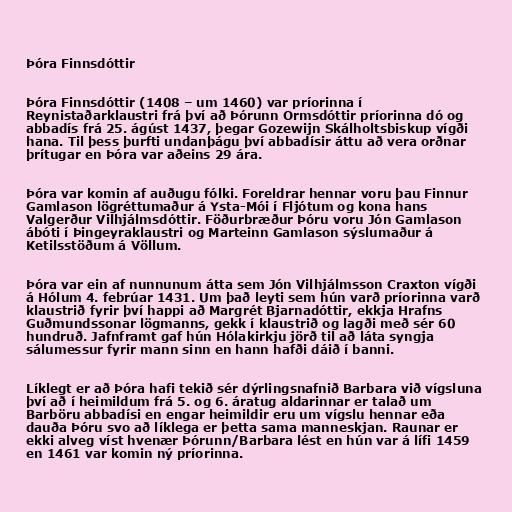
Þóra Finnsdóttir

Þóra Finnsdóttir (1408 – um 1460) var príorinna í
Reynistaðarklaustri frá því að Þórunn Ormsdóttir príorinna dó og
abbadís frá 25. ágúst 1437, þegar Gozewijn Skálholtsbiskup vígði
hana. Til þess þurfti undanþágu því abbadísir áttu að vera orðnar
þrítugar en Þóra var aðeins 29 ára.

Þóra var komin af auðugu fólki. Foreldrar hennar voru þau Finnur
Gamlason lögréttumaður á Ysta-Mói í Fljótum og kona hans
Valgerður Vilhjálmsdóttir. Föðurbræður Þóru voru Jón Gamlason
ábóti í Þingeyraklaustri og Marteinn Gamlason sýslumaður á
Ketilsstöðum á Völlum.

Þóra var ein af nunnunum átta sem Jón Vilhjálmsson Craxton vígði
á Hólum 4. febrúar 1431. Um það leyti sem hún varð príorinna varð
klaustrið fyrir því happi að Margrét Bjarnadóttir, ekkja Hrafns
Guðmundssonar lögmanns, gekk í klaustrið og lagði með sér 60
hundruð. Jafnframt gaf hún Hólakirkju jörð til að láta syngja
sálumessur fyrir mann sinn en hann hafði dáið í banni.

Líklegt er að Þóra hafi tekið sér dýrlingsnafnið Barbara við vígsluna
því að í heimildum frá 5. og 6. áratug aldarinnar er talað um
Barböru abbadísi en engar heimildir eru um vígslu hennar eða
dauða Þóru svo að líklega er þetta sama manneskjan. Raunar er
ekki alveg víst hvenær Þórunn/Barbara lést en hún var á lífi 1459
en 1461 var komin ný príorinna.